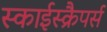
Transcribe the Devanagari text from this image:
स्काईस्क्रैपर्स